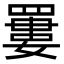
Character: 𦌁